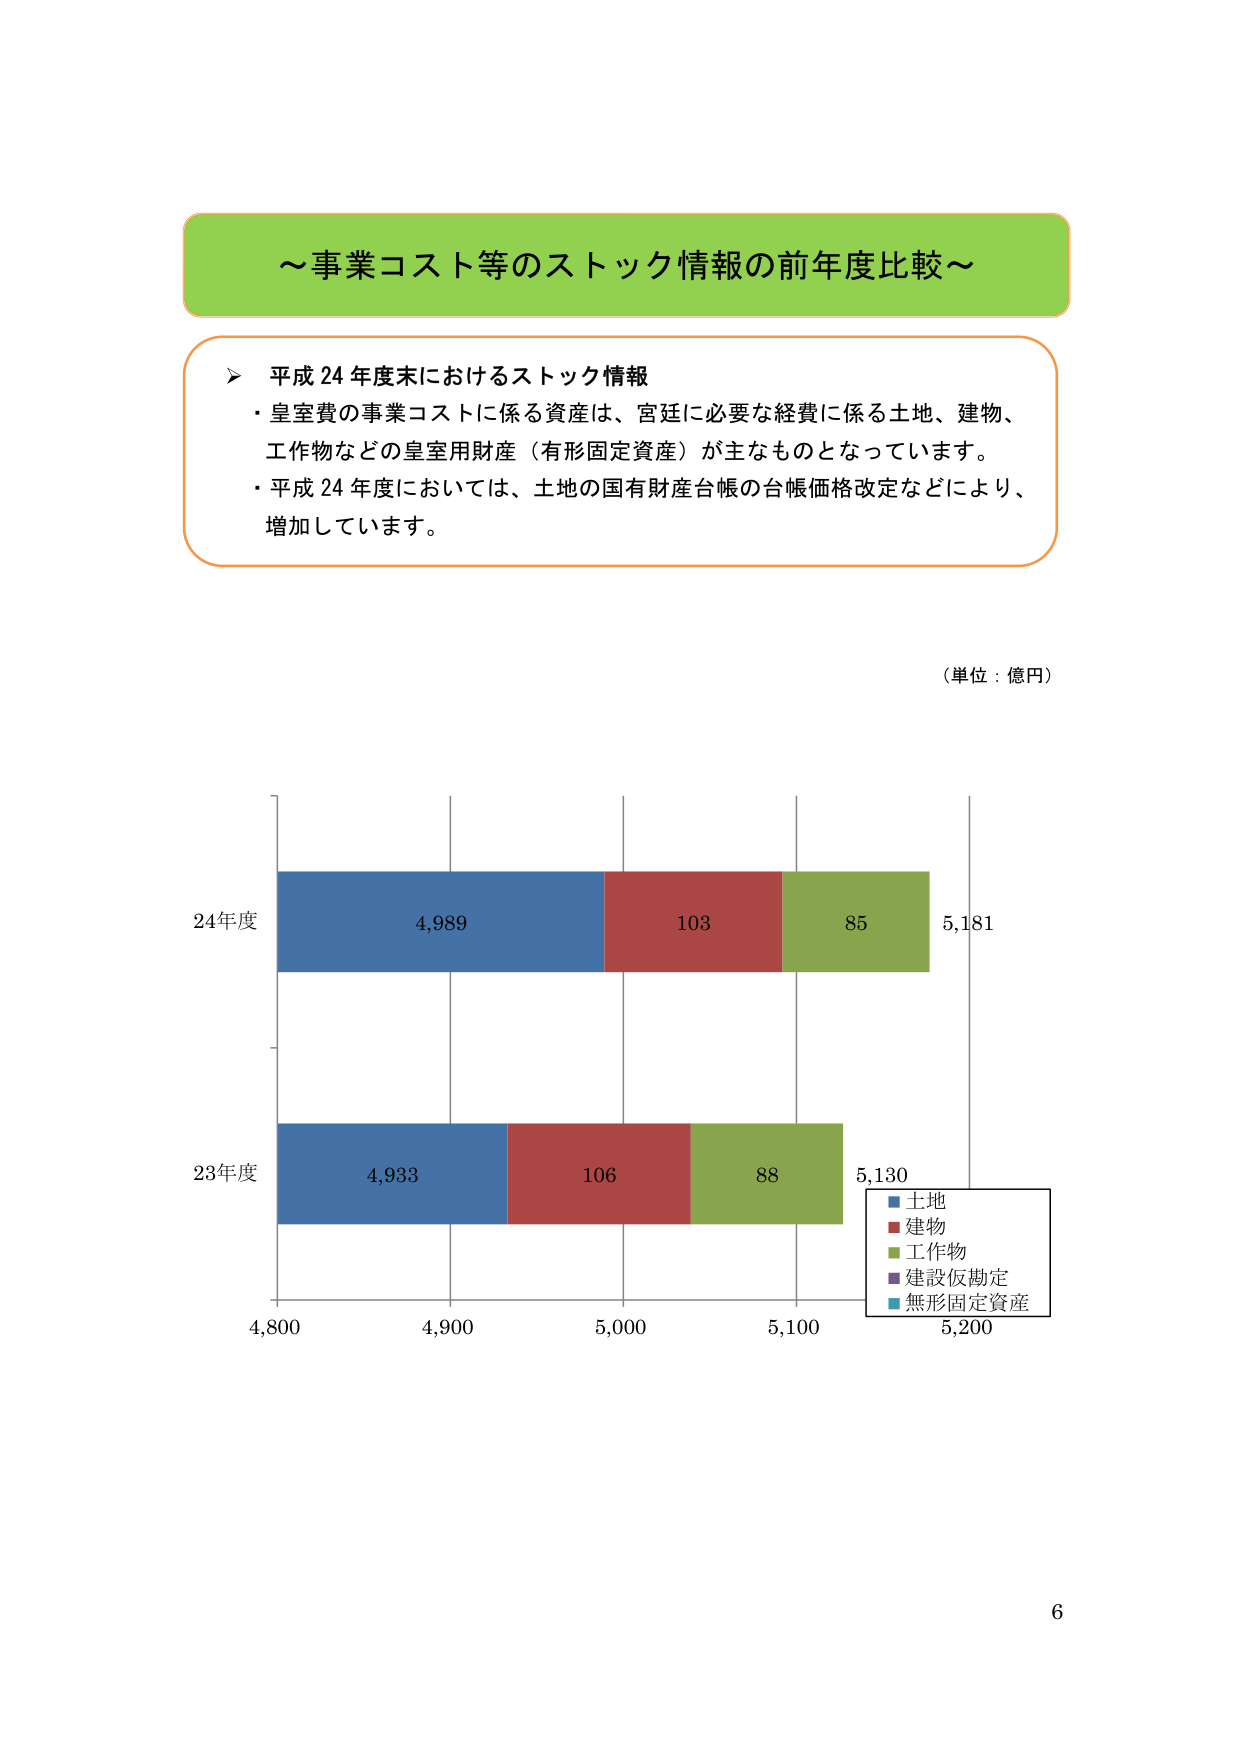
～事業コスト等のストック情報の前年度比較～

➤ 平成 24 年度末におけるストック情報
・皇室費の事業コストに係る資産は、宮廷に必要な経費に係る土地、建物、
工作物などの皇室用財産（有形固定資産）が主なものとなっています。
・平成 24 年度においては、土地の国有財産台帳の台帳価格改定などにより、
増加しています。

（単位：億円）

24年度
4,989 103 85 5,181

23年度
4,933 106 88 5,130

4,800 4,900 5,000 5,100 5,200

■土地
■建物
■工作物
■建設仮勘定
■無形固定資産

6